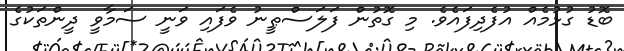
ބޮޑު ގުޅުމެއް އުފެދިފައެވެ. މި ގޮތުން ފަލަސްޠީނު ވެފައި ވަނީ ސަމާވީ ދީންތަކުގެ